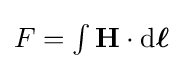
{\textstyle F=\int \mathbf {H} \cdot \mathrm {d} {\boldsymbol {\ell }}}